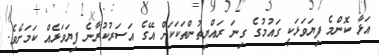
އަޅާ ކޮންމެ ފިޔަވަޅަކީ ގައުމުގެ ގިނަ ރައްޔިތުންތަކަކަށް އޭގެ އަސަރުކުރާނެ ފިޔަވަޅެއް ކަމަށެވެ.